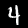
Label: 4